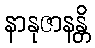
နာနုဇာနန္တိ